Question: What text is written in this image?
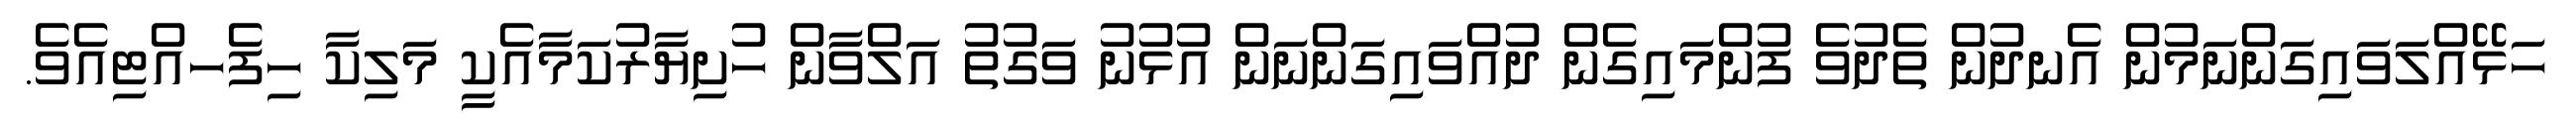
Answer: ހަޅޭއްލަވައިގަންނަމުން އެނދުން ތެދުވެ ފުންމައިގެން ދުއްވައިގަންނަން އުޅުނު ވަގުތު އަލްވާން ހުށިޔާރުކަމާއެކީ މަލިކާ ހިފެހއްޓިއެވެ.